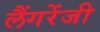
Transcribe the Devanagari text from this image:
लैंगरेंजी